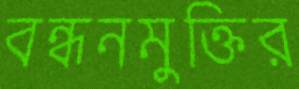
বন্ধনমুক্তির